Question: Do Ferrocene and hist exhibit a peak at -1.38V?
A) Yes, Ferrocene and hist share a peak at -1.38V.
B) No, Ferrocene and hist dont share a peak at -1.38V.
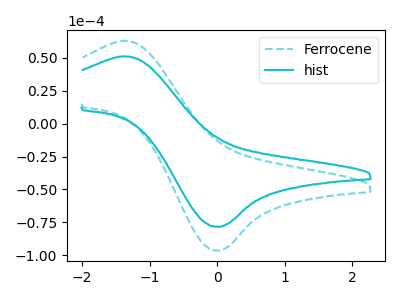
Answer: <think>The cyan dashed curve "Ferrocene" has an anodic peak at (-1.40V, 63.15uA) and a cathodic peak at (0.05V, -96.60uA). The cyan curve "hist" has an anodic peak at (-1.40V, 51.25uA) and a cathodic peak at (0.05V, -78.45uA).</think>
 <answer>A) Yes, "Ferrocene" and "hist" share a peak at -1.38V.</answer>
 <eval>A</eval>